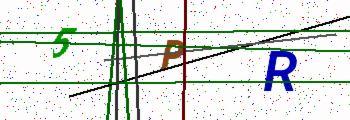
Text: 5PR